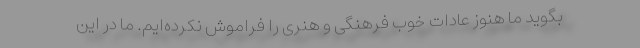
بگوید ما هنوز عادات خوب فرهنگی و هنری را فراموش نکرده‌ایم. ما در این